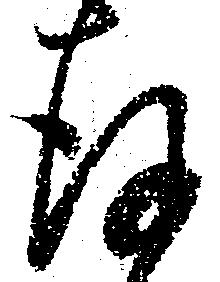
存